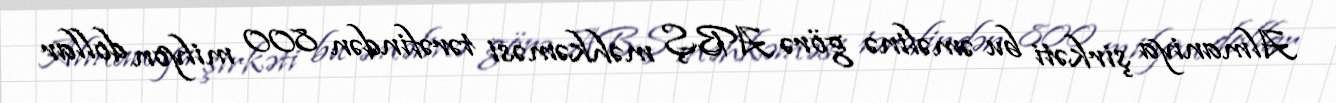
Almaniya şirkəti bu əməlinə görə ABŞ məhkəməsi tərəfindən 800 milyon dollar